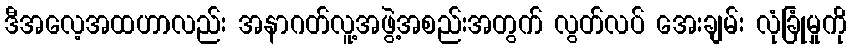
ဒီအလေ့အထဟာလည်း အနာဂတ်လူ့အဖွဲ့အစည်းအတွက် လွတ်လပ် အေးချမ်း လုံခြုံမှုကို